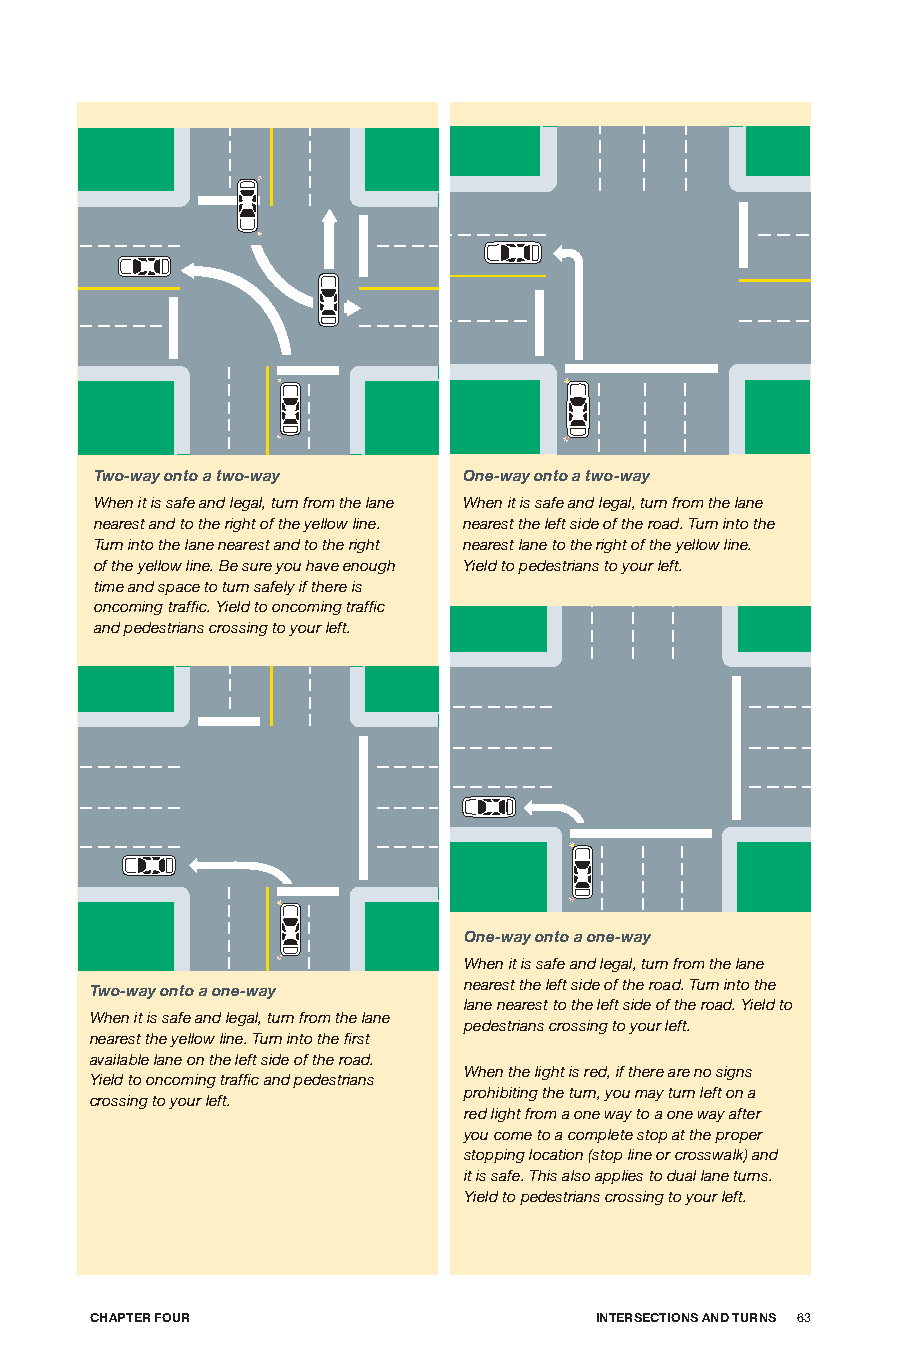
Two-way onto a two-way   One-way onto a two-way
 When it is safe and legal, turn from the lane When it is safe and legal, turn from the lane
 nearest and to the right of the yellow line. nearest the left side of the road. Turn into the
 Turn into the lane nearest and to the right nearest lane to the right of the yellow line.
 of the yellow line. Be sure you have enough Yield to pedestrians to your left.
 time and space to turn safely if there is
 oncoming traffic. Yield to oncoming traffic
 and pedestrians crossing to your left.
 One-way onto a one-way
 When it is safe and legal, turn from the lane
 nearest the left side of the road. Turn into the
 Two-way onto a one-way
 lane nearest to the left side of the road. Yield to
 When it is safe and legal, turn from the lane
 pedestrians crossing to your left.
 nearest the yellow line. Turn into the first
 available lane on the left side of the road.
 When the light is red, if there are no signs
 Yield to oncoming traffic and pedestrians
 prohibiting the turn, you may turn left on a
 crossing to your left.
 red light from a one way to a one way after
 you come to a complete stop at the proper
 stopping location (stop line or crosswalk) and
 it is safe. This also applies to dual lane turns.
 Yield to pedestrians crossing to your left.
 CHApTER foUR                     InTERSECTIonS AnD TURnS 63